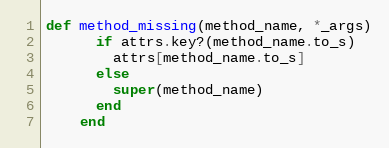
Language: Ruby
def method_missing(method_name, *_args)
      if attrs.key?(method_name.to_s)
        attrs[method_name.to_s]
      else
        super(method_name)
      end
    end